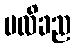
ပလိခည